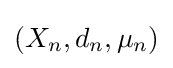
(X_{n},d_{n},\mu _{n})